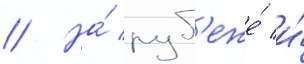
// На́ руб'еже́ и́